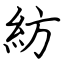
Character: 紡